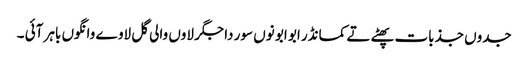
جدوں جذبات پھٹے تے کمانڈر ابو ابو نوں سور دا جگر لاوں والی گل لاوے وانگوں باہر آئی ۔